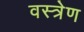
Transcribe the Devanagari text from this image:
वस्त्रेण